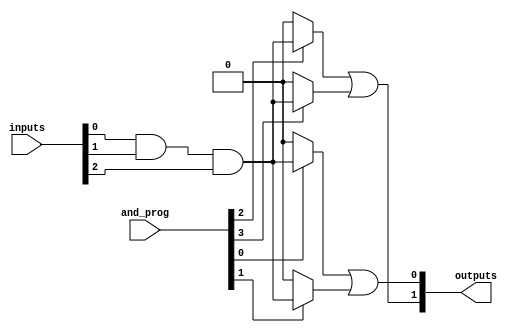
module GPAL #(
    parameter NUM_INPUTS = 3,     // Number of inputs
    parameter NUM_AND_GATES = 4,   // Number of AND gates
    parameter NUM_OR_GATES = 2      // Number of OR gates
)(
    input  [NUM_INPUTS-1:0] inputs,   // Input signals (A, B, C, etc.)
    input  [NUM_AND_GATES-1:0] and_prog, // Programmable connections for AND gates
    output [NUM_OR_GATES-1:0] outputs   // Outputs from the OR gates
);

    // Programmable AND array
    wire [NUM_AND_GATES-1:0] and_out; // Outputs from the AND gates

    // Generate AND gates
    genvar i;
    generate
        for (i = 0; i < NUM_AND_GATES; i = i + 1) begin : and_gate
            assign and_out[i] = (and_prog[i]) ? 
                (inputs[0] & inputs[1] & inputs[2]) : // Example: AND of all inputs
                1'b0; // If not programmed, output is 0
        end
    endgenerate

    // Fixed OR array
    assign outputs[0] = and_out[0] | and_out[1]; // OR gate 1
    assign outputs[1] = and_out[2] | and_out[3]; // OR gate 2

endmodule